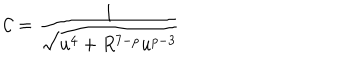
\mathcal { C } = \frac { 1 } { \sqrt { u ^ { 4 } + R ^ { 7 - p } u ^ { p - 3 } } }